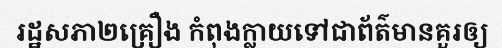
រដ្ឋសភា២គ្រឿង កំពុងក្លាយទៅជាព័ត៌មានគួរឲ្យ